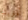
أقتربنا